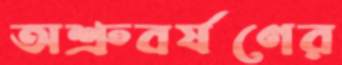
অশ্রুবর্ষণের